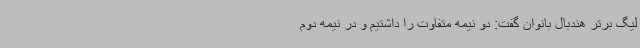
لیگ برتر هندبال بانوان گفت: دو نیمه متفاوت را داشتیم و در نیمه دوم